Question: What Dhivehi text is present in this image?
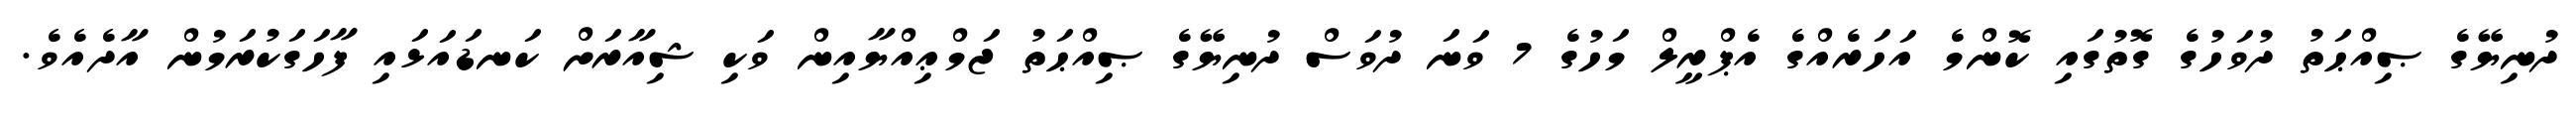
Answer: ދުނިޔޭގެ ޞިއްޙަތު ދުވަހުގެ ގޮތުގައި ކޮންމެ އަހަރެއްގެ އެޕްރީލް މަހުގެ 7 ވަނަ ދުވަސް ދުނިޔޭގެ ޞިއްޙަތު ޖަމްޢިއްޔާއިން ވަކި ޝިއާރަށް ކަނޑައަޅައި ފާހަގަކުރަމުން އާދެއެވެ.